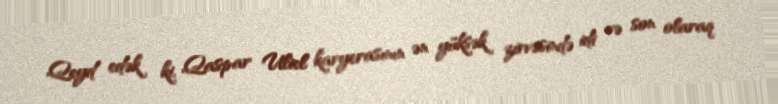
Qeyd edək ki, Qaspar Uliel karyerasının ən yüksək zirvəsində idi və son olaraq